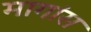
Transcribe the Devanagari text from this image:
मागांस